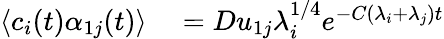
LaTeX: \begin{array}{rl}{\langle c_{i}(t)\alpha_{1j}(t)\rangle}&{{}=Du_{1j}\lambda_{i}^{1/4}e^{-C(\lambda_{i}+\lambda_{j})t}}\end{array}